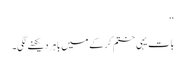
‘‘
بات یہی ختم کرکے میں باہر دیکھنے لگی۔